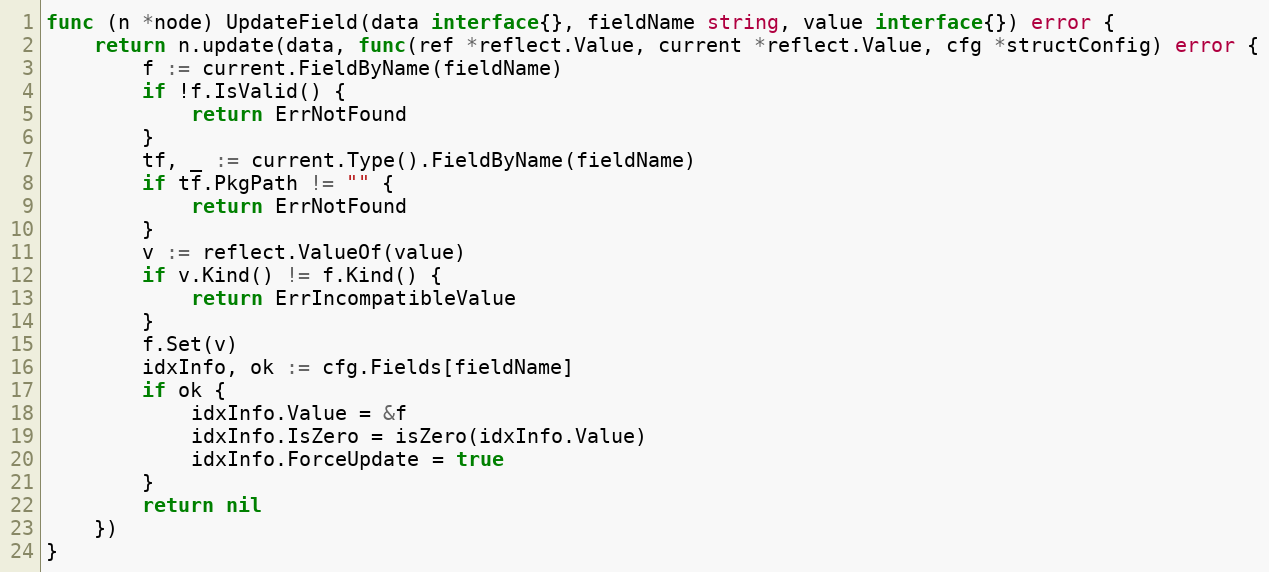
Language: Go
func (n *node) UpdateField(data interface{}, fieldName string, value interface{}) error {
	return n.update(data, func(ref *reflect.Value, current *reflect.Value, cfg *structConfig) error {
		f := current.FieldByName(fieldName)
		if !f.IsValid() {
			return ErrNotFound
		}
		tf, _ := current.Type().FieldByName(fieldName)
		if tf.PkgPath != "" {
			return ErrNotFound
		}
		v := reflect.ValueOf(value)
		if v.Kind() != f.Kind() {
			return ErrIncompatibleValue
		}
		f.Set(v)
		idxInfo, ok := cfg.Fields[fieldName]
		if ok {
			idxInfo.Value = &f
			idxInfo.IsZero = isZero(idxInfo.Value)
			idxInfo.ForceUpdate = true
		}
		return nil
	})
}